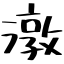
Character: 潡